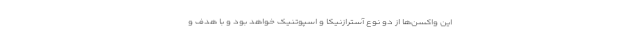
این واکسن‌ها از دو نوع آسترازنیکا و اسپوتنیک خواهد بود و با هدف و